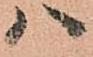
ハ